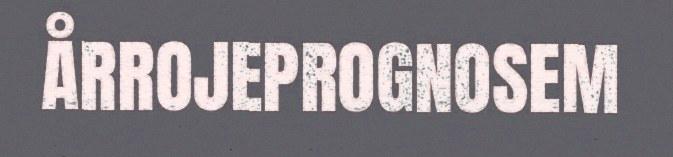
ÅRROJEPROGNOSEM